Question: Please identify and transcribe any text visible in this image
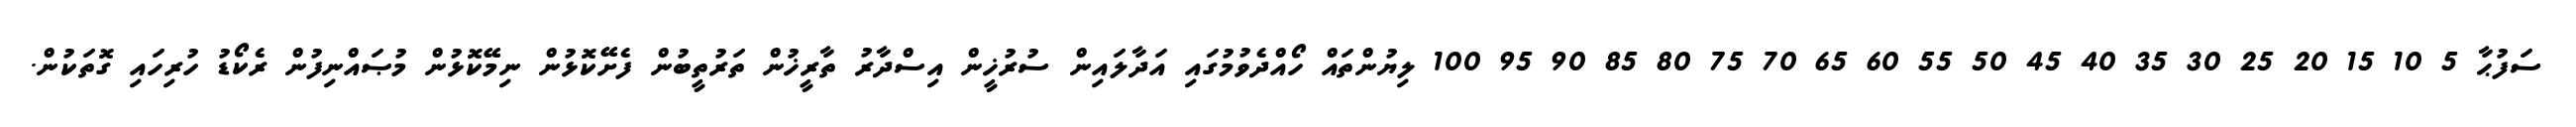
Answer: ސަފުޙާ 5 10 15 20 25 30 35 40 45 50 55 60 65 70 75 80 85 90 95 100 ލިޔުންތައް ހޯއްދެވުމުގައި އަދާލައިން ސުރުޚީން އިސްދާރު ތާރީޚުން ތަރުތީބުން ފެށޭކޮޅުން ނިމޭކޮޅުން މުޞައްނިފުން ރެކޯޑު ހުރިހައި ގޮތަކުން.